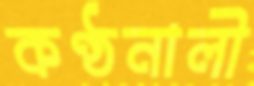
কণ্ঠনালী